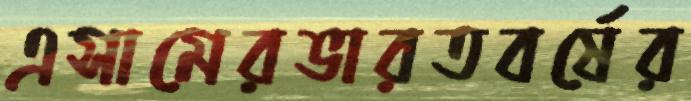
এসামেরভারতবর্ষের